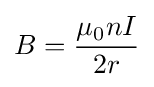
B={\mu _{0}nI \over 2r}